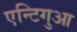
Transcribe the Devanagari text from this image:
एन्टिगुआ